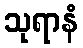
သုရာနံ